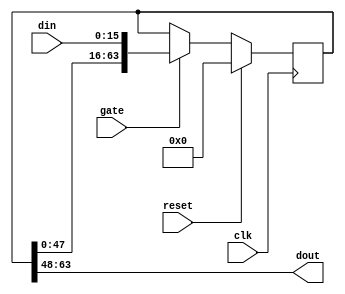
`timescale 1ns / 1ns

// Encapsulation of a register delay, z^{-n} in DSP-speak
// Properly handles odd-ball special cases like len==0
module reg_delay #(
	parameter dw=16,  // Width of data
	parameter len=4   // Cycles to delay
) (
	input clk,  // Rising edge clock input; all logic is synchronous in this domain
	input reset,  // Please tie to 0 if you can; see below
	input gate,  // Enable processing
	input [dw-1:0] din,  // Input data
	output [dw-1:0] dout  // Output data
);

// When used in a Xilinx chip, ideally this logic is turned into
// a bunch of SRL16 shift registers or similar.  That works only if
// our reset port is tied to 1'b0 at instantiation site.
generate if (len > 1) begin: usual
	reg [dw*len-1:0] shifter=0;
	always @(posedge clk) begin
		if (gate) shifter <= {shifter[dw*len-1-dw:0],din};
		if (reset) shifter <= 0;
	end
	assign dout = shifter[dw*len-1:dw*len-dw];
end else if (len > 0) begin: degen1
	reg [dw*len-1:0] shifter=0;
	always @(posedge clk) begin
		if (gate) shifter <= din;
		if (reset) shifter <= 0;
	end
	assign dout = shifter[dw*len-1:dw*len-dw];
end else if (len == 0) begin: degen0
	assign dout = din;
end else begin: bad
	assign dout = din[-1:0];
end
endgenerate

endmodule